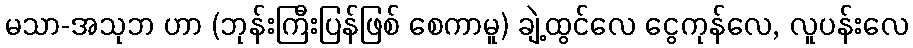
မသာ-အသုဘ ဟာ (ဘုန်းကြီးပြန်ဖြစ် စေကာမူ) ချဲ့ထွင်လေ ငွေကုန်လေ, လူပန်းလေ